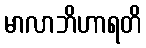
မာလာဘိဟာရတိ